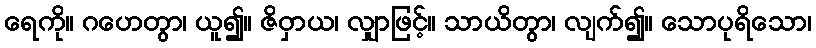
ရေကို။ ဂဟေတွာ၊ ယူ၍။ ဇိဝှာယ၊ လျှာဖြင့်။ သာယိတွာ၊ လျက်၍။ သောပုရိသော၊